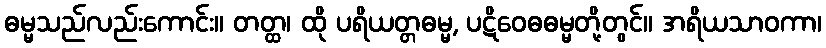
ဓမ္မသည်လည်းကောင်း။ တတ္ထ၊ ထို ပရိယတ္တဓမ္မ, ပဋိဝေဓဓမ္မတို့တွင်။ အရိယသာဝကာ၊